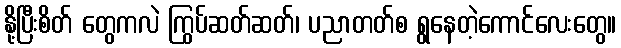
နို့ပြီးစိတ် တွေကလဲ ကြွပ်ဆတ်ဆတ်၊ ပညာတတ်စ ရွနေတဲ့ကောင်လေးတွေ။